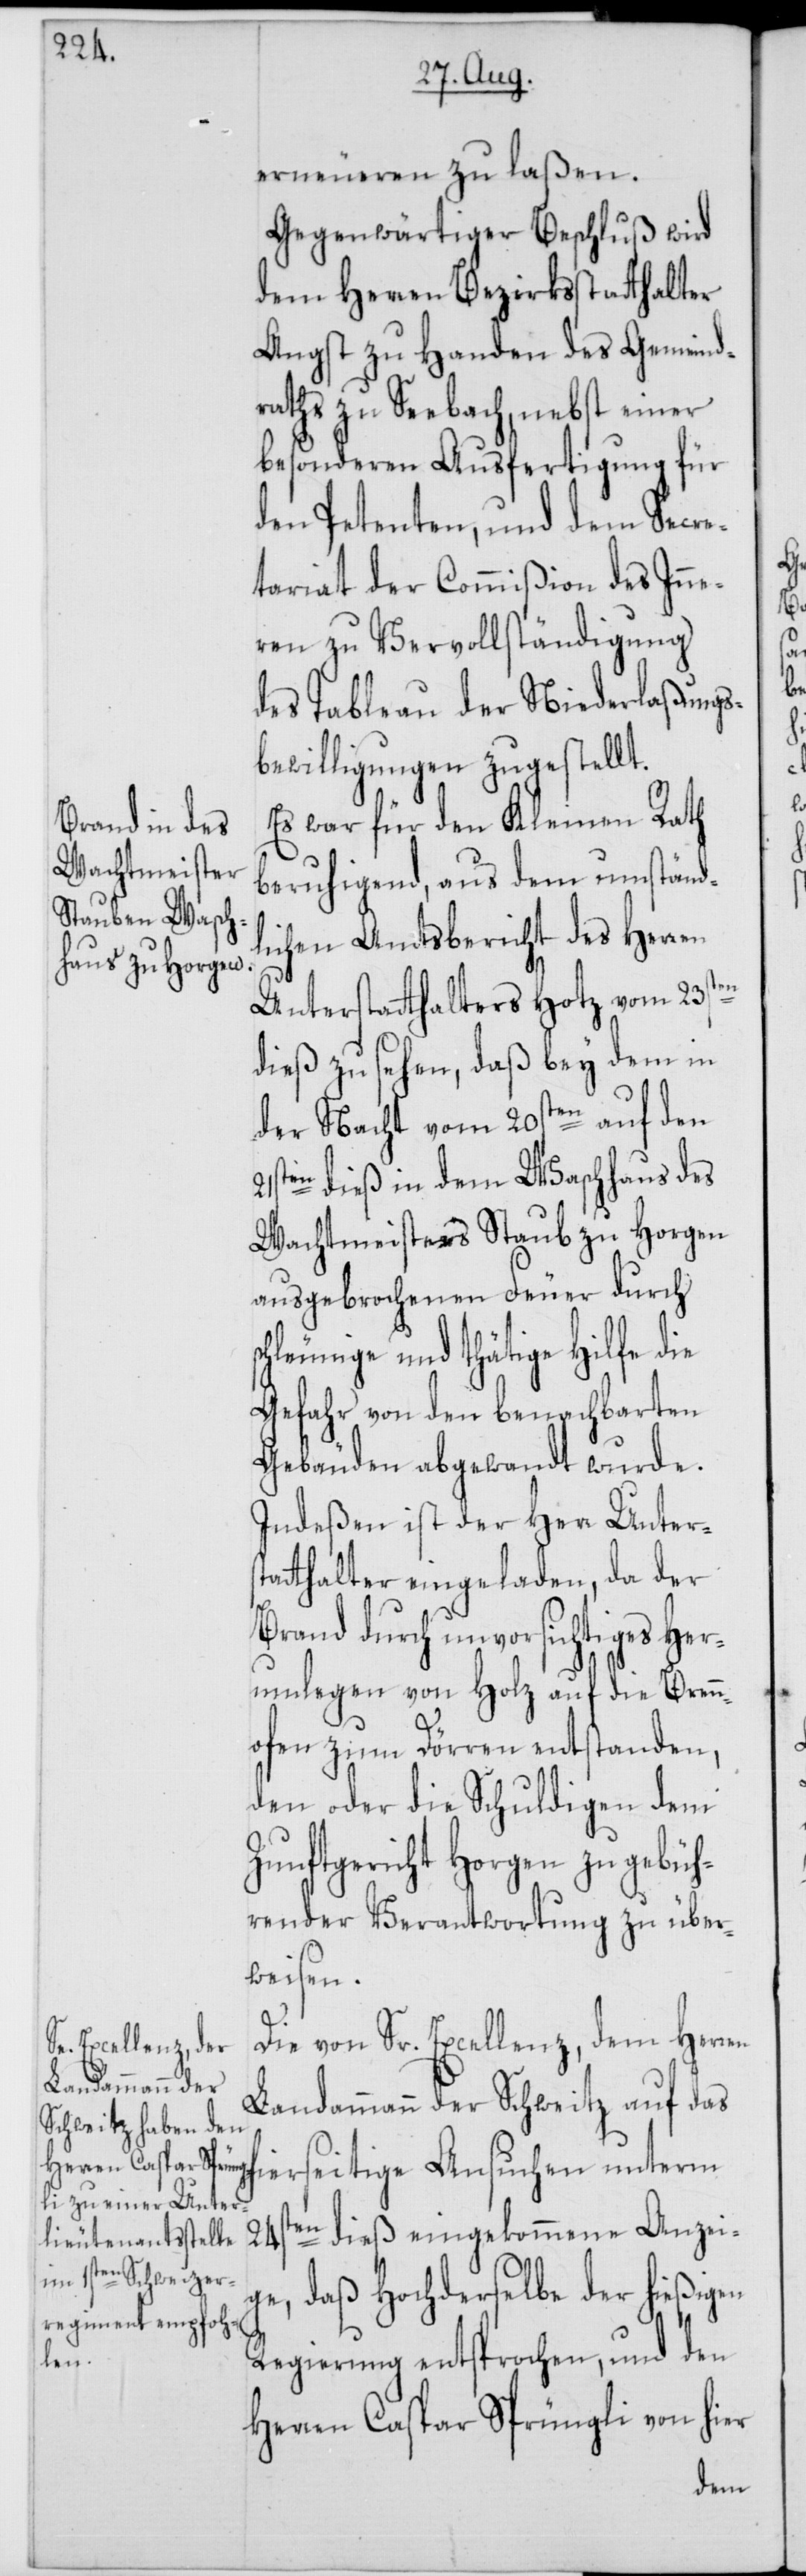
erneueren zu laßen.
Gegenwärtiger Beschluß wird
dem Herren Bezirksstatthalter
Angst zu Handen des Gemeind¬
raths zu Seebach, nebst einer
besonderen Ausfertigung für
den Petenten, und dem Secre¬
tariat der Commißion des Inne¬
ren zu Vervollständigung
des Tableau der Niederlaßungs¬
bewilligungen zugestellt.
Es war für den Kleinen Rath
beruhigend, aus dem umständl¬
ichen Amtsbericht des Herren
Unterstatthalters Hotz vom 23sten
dieß zu sehen, daß bey dem in
der Nacht vom 20sten auf den
21sten dieß in dem Waschhaus des
Wachtmeisters Staub zu Horgen
ausgebrochenen Feuer durch
hleunige und thätige Hilfe die
Gefahr von den benachbarten
Gebäuden abgewandt wurde.
Indeßen ist der Herr Unterst¬
atthalter eingeladen, da der
Brand durch unvorsichtiges Her¬
umlegen von Holz auf die Brenn¬
ofen zum Dörren entstanden,
den oder die Schuldigen dem
Zunftgericht Horgen zu gebüh¬
render Verantwortung zu über¬
weisen.
sc¬
Die von Sr. Excellenz, dem Herren
Landammann der Schweitz auf das
24sten dieß eingekommene Anzei¬
ge, daß Hochderselbe der hießigen
Regierung entsprochen, und den
Herren Caspar Sprüngli von hier